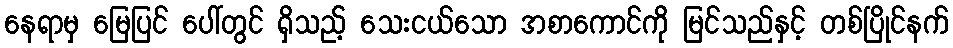
နေရာမှ မြေပြင် ပေါ်တွင် ရှိသည့် သေးငယ်သော အစာကောင်ကို မြင်သည်နှင့် တစ်ပြိုင်နက်